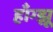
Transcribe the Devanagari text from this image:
हाँग्झू